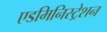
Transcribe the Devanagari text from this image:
एडमिनिस्ट्रेशन